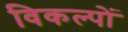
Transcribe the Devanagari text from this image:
विकल्‍पों